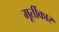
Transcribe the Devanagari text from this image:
मूर्तीकार